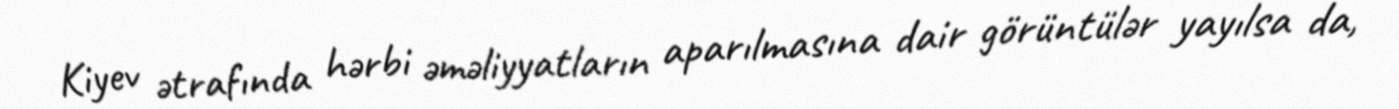
Kiyev ətrafında hərbi əməliyyatların aparılmasına dair görüntülər yayılsa da,